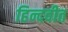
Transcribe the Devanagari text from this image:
हिन्दवीत